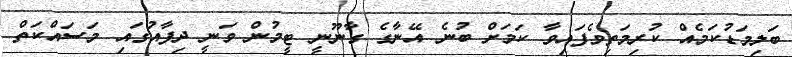
ބަލިމަޑުކަމެއް ކުރިމަތިވެފައިވާ ކަމަށް ބުނެ އޭނާގެ ގާނޫނީ ޓީމުން ވަނީ ދިފާއުގައި މަސައްކަތް